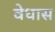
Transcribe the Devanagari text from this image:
वेधास